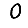
Digit: 0